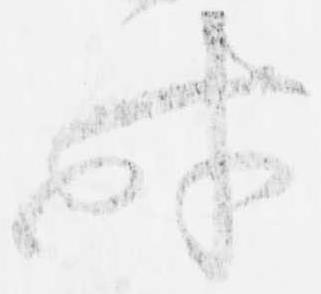
時